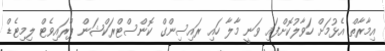
އިމާރާތް އެޅުމަށް ހަވާލުކޮށްފައި ވަނީ މާލާ ހައި ރައިސިންގް ކޮންސްޓްރަކްޝަން ޕްރައިވެޓް ލިމިޓެޑް